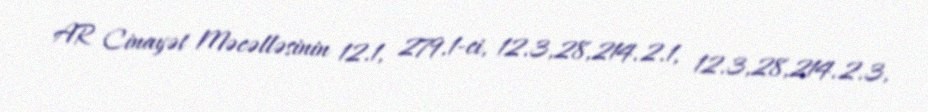
AR Cinayət Məcəlləsinin 12.1, 279.1-ci, 12.3,28,214.2.1, 12.3,28,214.2.3,